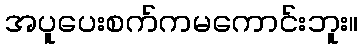
အပူပေးစက်ကမကောင်းဘူး။